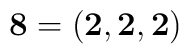
{\bf 8}= \left({\bf 2},{\bf 2},{\bf 2} \right)